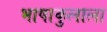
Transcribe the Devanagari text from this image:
भाषाकुलाला